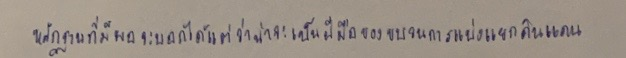
หลักฐานที่มีพอจะบอกได้แต่ว่าน่าจะเป็นฝีมือของขบวนการแบ่งแยกดินแดน